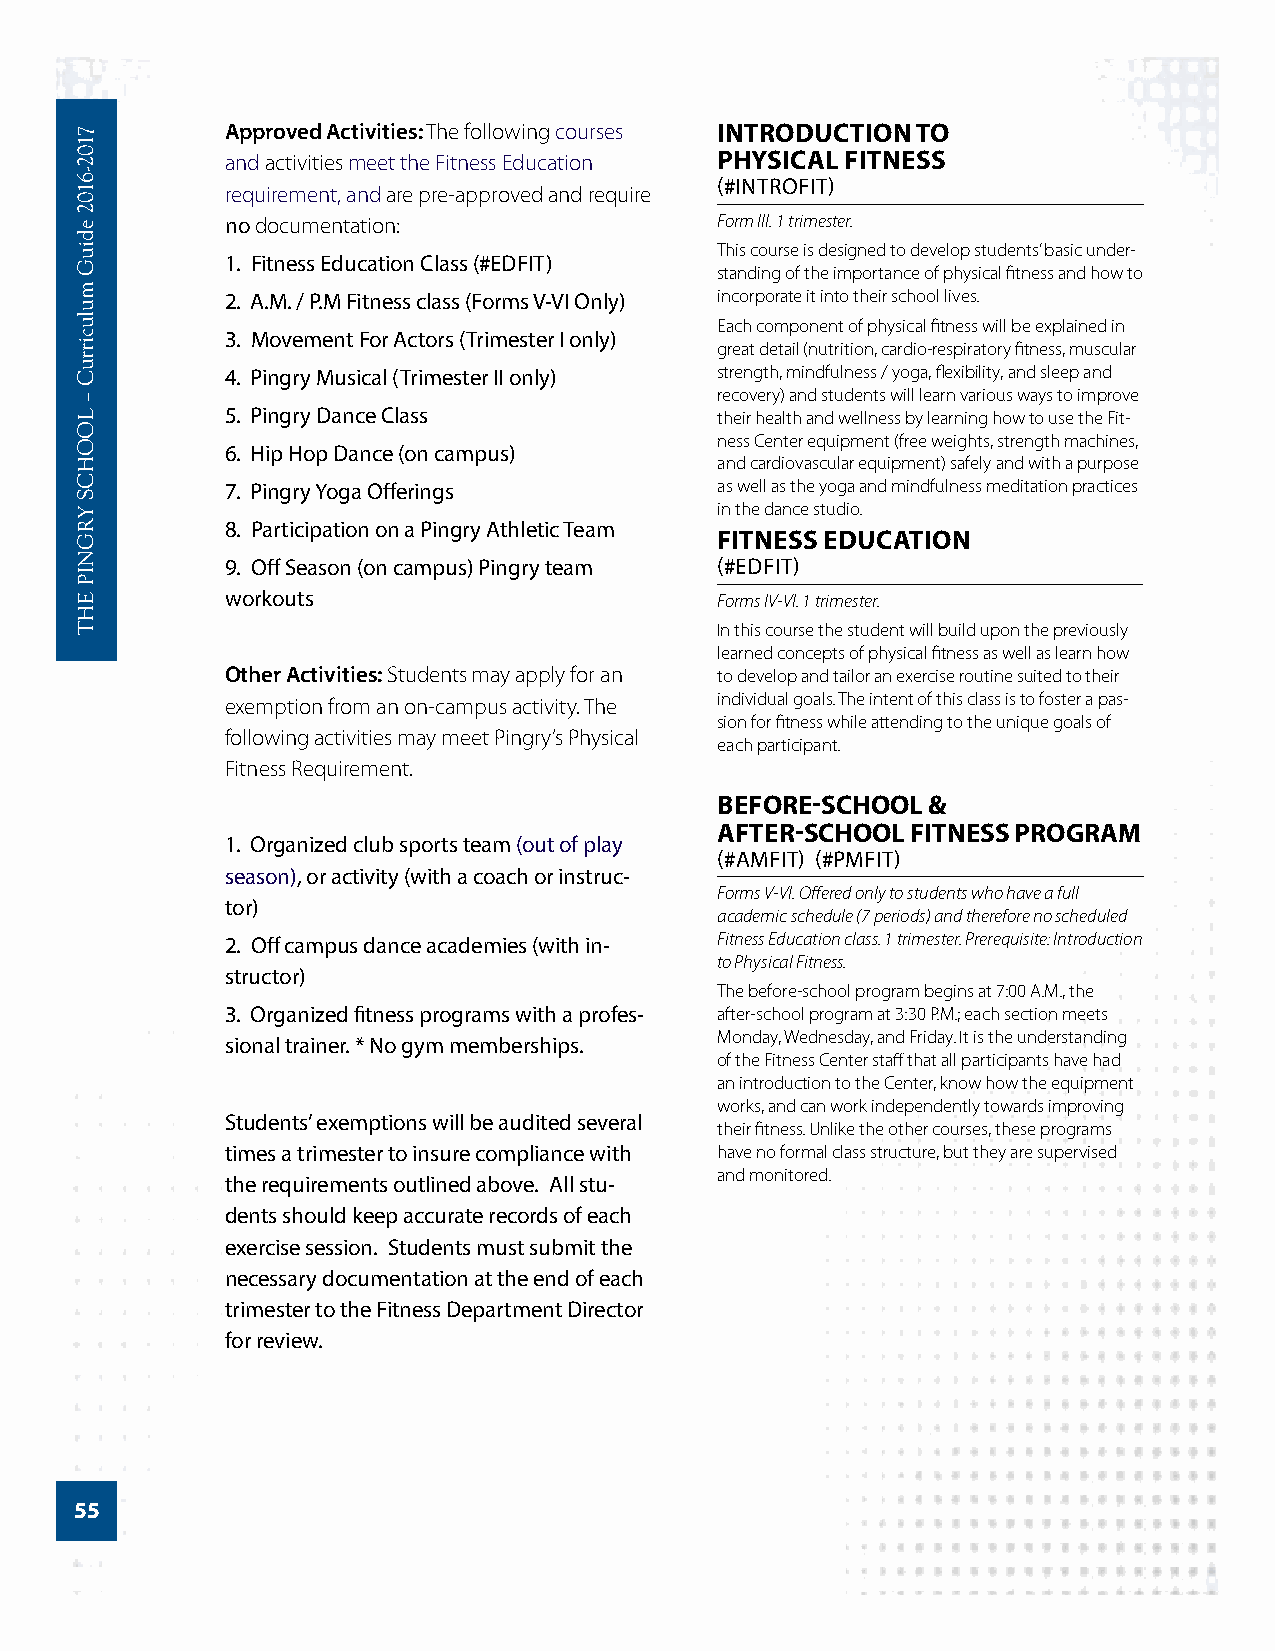
Approved Activities: The following courses INTRODUCTION TO
 and activities meet the Fitness Education PHYSICAL FITNESS
 (#INTROFIT)
 requirement, and are pre-approved and require
 no documentation:               Form III. 1 trimester.
 This course is designed to develop students’ basic under-
 1. Fitness Education Class (#EDFIT)
 standing of the importance of physical fitness and how to
 2. A.M. / P.M Fitness class (Forms V-VI Only) incorporate it into their school lives.
 Each component of physical fitness will be explained in
 3. Movement For Actors (Trimester I only)
 great detail (nutrition, cardio-respiratory fitness, muscular
 4. Pingry Musical (Trimester II only) strength, mindfulness / yoga, flexibility, and sleep and
 recovery) and students will learn various ways to improve
 5. Pingry Dance Class           their health and wellness by learning how to use the Fit-
 ness Center equipment (free weights, strength machines,
 6. Hip Hop Dance (on campus)
 and cardiovascular equipment) safely and with a purpose
 7. Pingry Yoga Offerings        as well as the yoga and mindfulness meditation practices
 in the dance studio.
 8. Participation on a Pingry Athletic Team
 FITNESS EDUCATION
 9. Off Season (on campus) Pingry team (#EDFIT)
 workouts                        Forms IV-VI. 1 trimester.
 In this course the student will build upon the previously
 learned concepts of physical fitness as well as learn how
 Other Activities: Students may apply for an to develop and tailor an exercise routine suited to their
 exemption from an on-campus activity. The individual goals. The intent of this class is to foster a pas-
 sion for fitness while attending to the unique goals of
 following activities may meet Pingry’s Physical
 each participant.
 Fitness Requirement.
 BEFORE-SCHOOL &
 AFTER-SCHOOL FITNESS PROGRAM
 1. Organized club sports team (out of play
 (#AMFIT) (#PMFIT)
 season), or activity (with a coach or instruc-
 Forms V-VI. Offered only to students who have a full
 tor)
 academic schedule (7 periods) and therefore no scheduled
 2. Off campus dance academies (with in- Fitness Education class. 1 trimester. Prerequisite: Introduction
 to Physical Fitness.
 structor)
 The before-school program begins at 7:00 A.M., the
 3. Organized fitness programs with a profes- after-school program at 3:30 P.M.; each section meets
 Monday, Wednesday, and Friday. It is the understanding
 sional trainer. * No gym memberships.
 of the Fitness Center staff that all participants have had
 an introduction to the Center, know how the equipment
 works, and can work independently towards improving
 Students’ exemptions will be audited several
 their fitness. Unlike the other courses, these programs
 times a trimester to insure compliance with have no formal class structure, but they are supervised
 and monitored.
 the requirements outlined above. All stu-
 dents should keep accurate records of each
 exercise session. Students must submit the
 necessary documentation at the end of each
 trimester to the Fitness Department Director
 for review.
 55
 7102-­6102
 ediuG
 mulucirruC
 –
 LOOHCS
 YRGNIP
 EHT